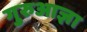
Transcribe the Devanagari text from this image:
गुरुआज्ञा